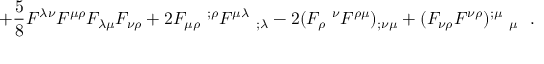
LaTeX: + \frac 5 8 F ^ { \lambda \nu } F ^ { \mu \rho } F _ { \lambda \mu } F _ { \nu \rho } + 2 F _ { \mu \rho } ~ ^ { ; \rho } F ^ { \mu \lambda } ~ _ { ; \lambda } - 2 ( F _ { \rho } ~ ^ { \nu } F ^ { \rho \mu } ) _ { ; \nu \mu } + ( F _ { \nu \rho } F ^ { \nu \rho } ) ^ { ; \mu } ~ _ { \mu } ~ ~ .